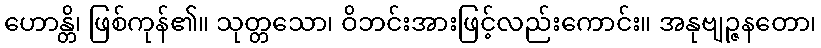
ဟောန္တိ၊ ဖြစ်ကုန်၏။ သုတ္တသော၊ ဝိဘင်းအားဖြင့်လည်းကောင်း။ အနုဗျဉ္ဇနတော၊